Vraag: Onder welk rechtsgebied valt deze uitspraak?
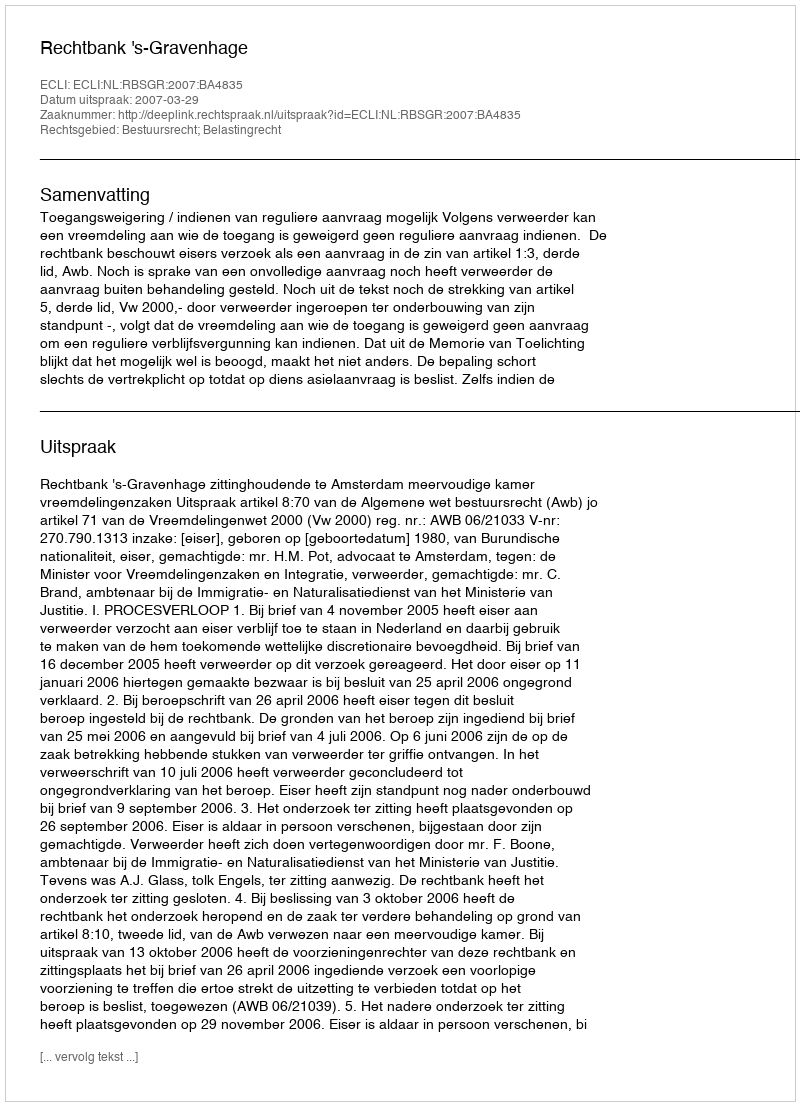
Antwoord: Bestuursrecht; Belastingrecht